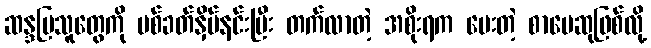
ဆန္ဒပြသူတွေကို ပစ်ခတ်နှိမ်နင်းပြီး တက်လာတဲ့ အစိုးရက ပေးတဲ့ စာပေဆုဖြစ်လို့